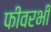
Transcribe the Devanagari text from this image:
फीवरभी